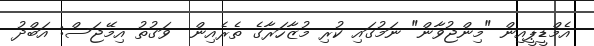
އެމްޑީޕީއިން "މިންޖުވާން" ނަމުގައި ކުރި މުޒާހަރާގެ ތެރެއިން  ވަގުތު އިމޭޖަސް: އަބްދު